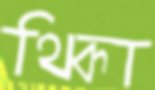
থিকা